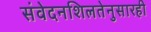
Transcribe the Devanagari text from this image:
संवेदनशिलतेनुसारही